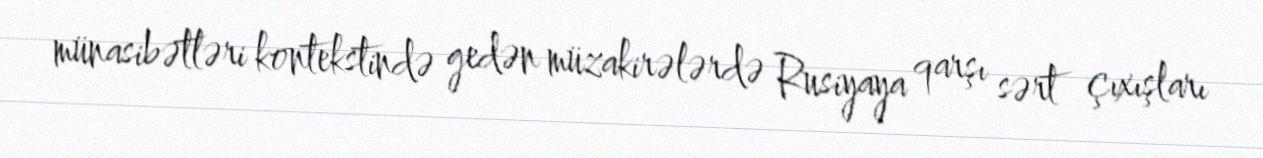
münasibətləri kontekstində gedən müzakirələrdə Rusiyaya qarşı sərt çıxışları